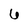
Character: 6